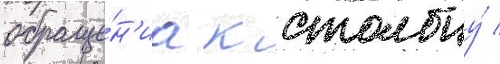
обраще́н'иа к столбцу́ /